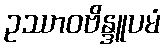
ဥဿာဝဗိန္ဒူပမံ